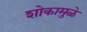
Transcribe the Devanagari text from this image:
शोकामुळे